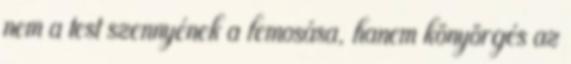
nem a test szennyének a lemosása, hanem könyörgés az